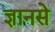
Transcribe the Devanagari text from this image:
ज्ञानसे